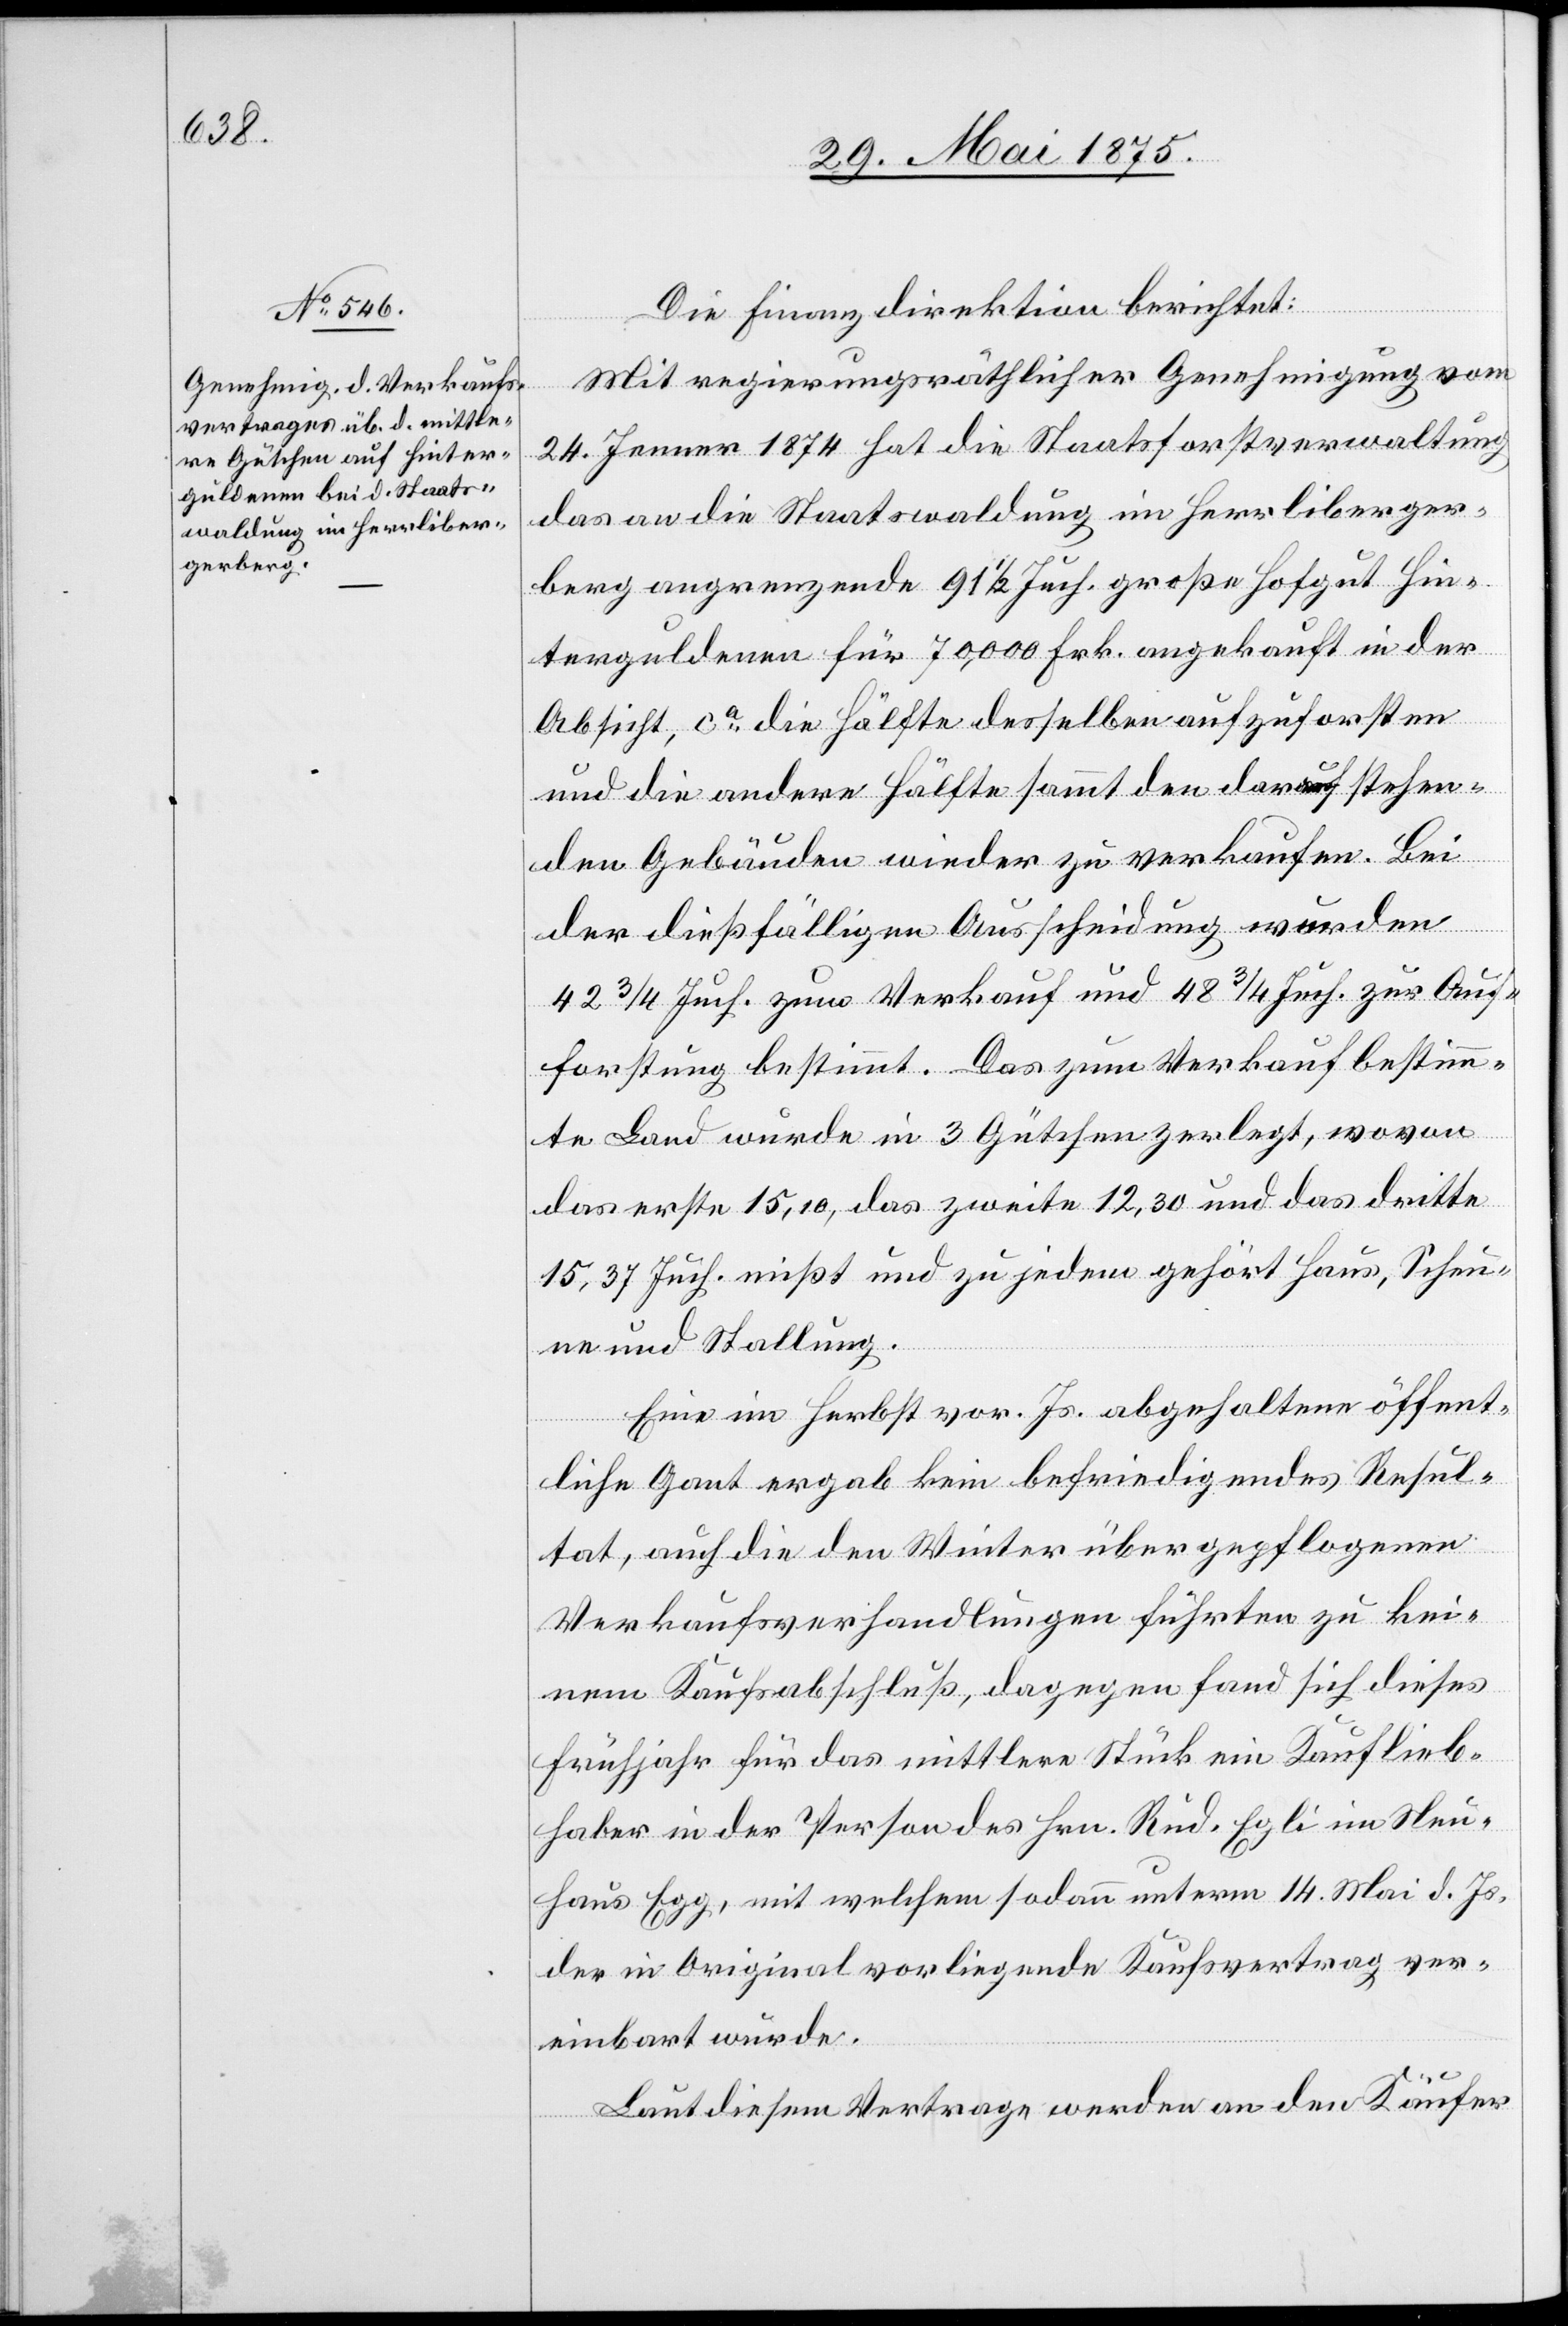
Die Finanzdirektion berichtet:
Mit regierungsräthlicher Genehmigung vom
24. Jenner 1874 hat die Staatsforstverwaltung
das an die Staatswaldung im Herrliberger¬
berg angrenzende 91 1/2 Juch. große Hofgut Hin¬
terguldenen für 70,000 Frk. angekauft in der
Absicht, ca die Hälfte derselben aufzuforsten
und die andere Hälfte sammt den darauf stehen¬
den Gebäuden wieder zu verkaufen. Bei
der dießfälligen Ausscheidung wurden
42 3/4 Juch. zum Verkauf und 48 3/4 Juch. zur Auf¬
forstung bestimmt. Das zum Verkauf bestimm¬
te Land wurde in 3 Gütchen zerlegt, wovon
das erste 15,10, das zweite 12,30 und das dritte
15,37 Juch. mißt und zu jedem gehört Haus, Scheu¬
ne und Stallung.
Eine im Herbst vor. Js. abgehaltene öffent¬
liche Gant ergab kein befriedigendes Resul¬
tat, auch die den Winter über gepflogenen
Verkaufsverhandlungen führten zu kei¬
nem Kaufsabschluß, dagegen fand sich dieses
Frühjahr für das mittlere Stück ein Kauflieb¬
haber in der Person des Hrn. Rud. Egli im Neu¬
haus Egg, mit welchem sodann unterm 14. Mai d. Js.
der in Original vorliegende Kaufsvertrag ver¬
einbart wurde.
Laut diesem Vertrage werden an den Käufer